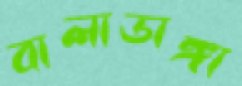
বালাডাঙ্গা